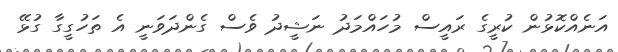
އަނެއްކޮޅުން ކުރީގެ ރައީސް މުހައްމަދު ނަޝީދު ވެސް ގެންދަވަނީ އެ ތަހުގީގާ ގުޅޭ